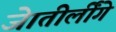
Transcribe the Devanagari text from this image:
जेातीर्लींगे